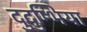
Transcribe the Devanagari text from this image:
दुदुम्भिया